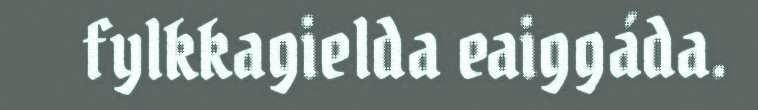
fylkkagielda eaiggáda.